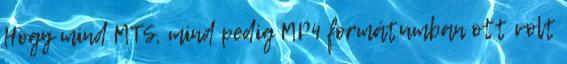
Hogy mind MTS, mind pedig MP4 formátumban ott volt